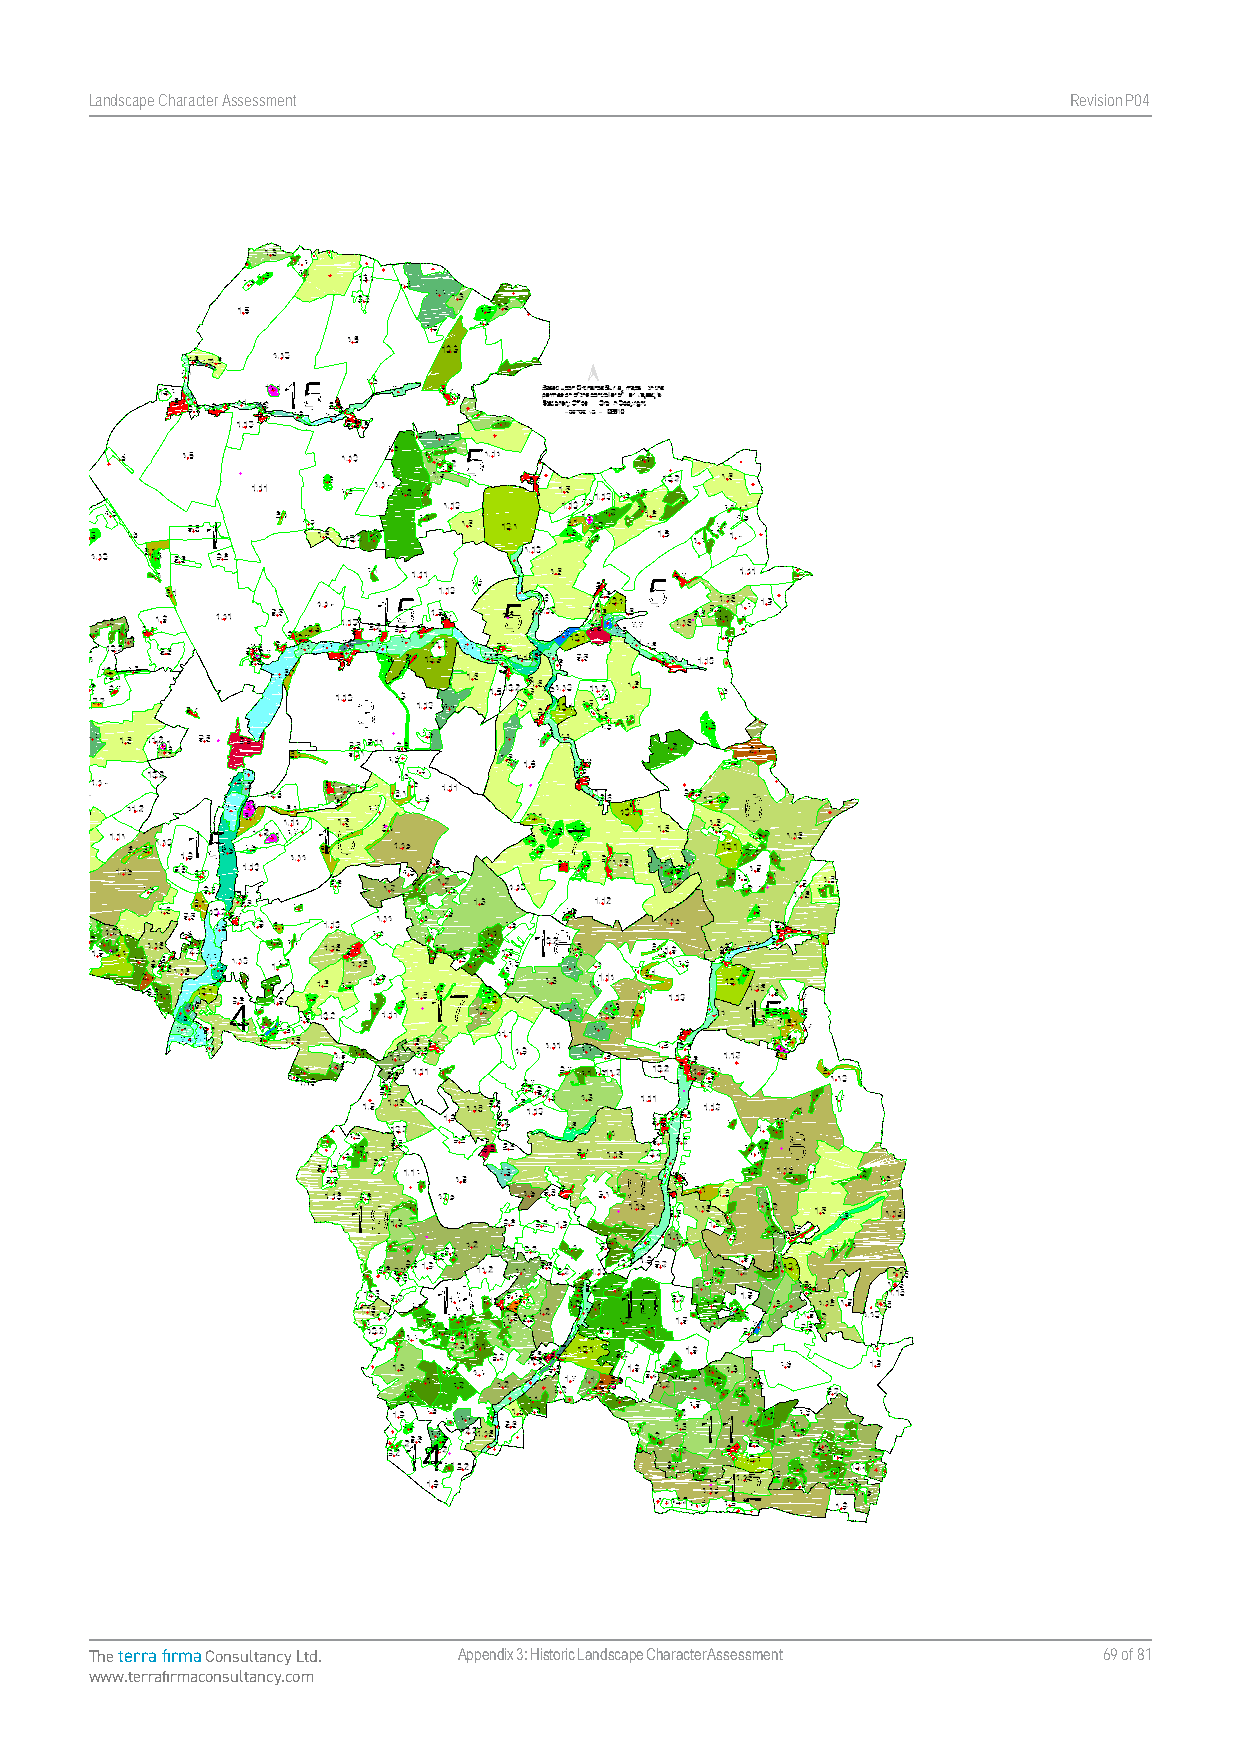
Landscape Character Assessment                                   RevisionP047
 The terra firma Consultancy Ltd. Appendix 3: Historic Landscape Character Assessment 69 of 81
 www.terrafirmaconsultancy.com